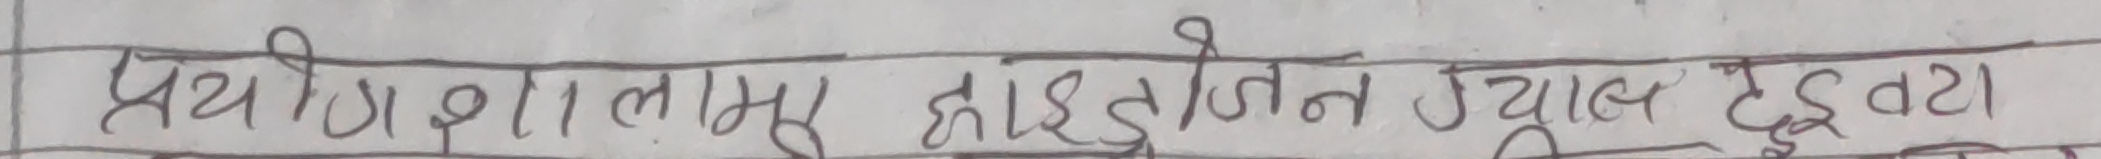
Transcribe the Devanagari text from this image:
प्रयोगशालामा हाइड्रोजन ज्वाल ट्यूबटा